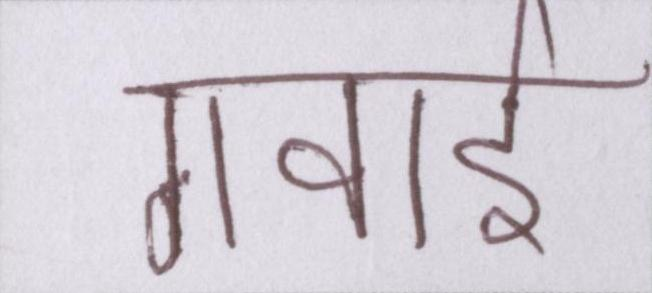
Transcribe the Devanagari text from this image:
गवाई